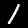
Digit: 1